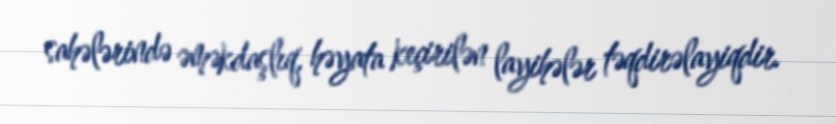
sahələrində əməkdaşlıq, həyata keçirilən layihələr təqdirəlayiqdir.